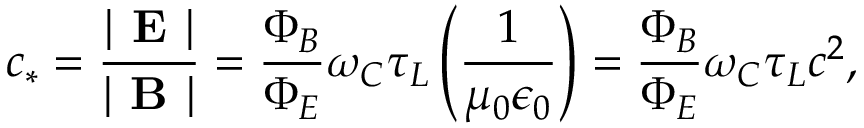
c _ { * } = \frac { | \textbf { E } | } { | \textbf { B } | } = \frac { \Phi _ { B } } { \Phi _ { E } } \omega _ { C } \tau _ { L } \left( \frac { 1 } { \mu _ { 0 } \epsilon _ { 0 } } \right) = \frac { \Phi _ { B } } { \Phi _ { E } } \omega _ { C } \tau _ { L } c ^ { 2 } ,